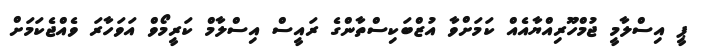
ޕީ އިސްލާމީ ޖުމްހޫރިއްޔާއެއް ކަމަށްވާ އުޒްބަކިސްތާންގެ ރައީސް އިސްލާމް ކަރީމޯވް އަވަހާރަ ވެއްޖެކަމަށް